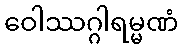
ဝေါဿဂ္ဂါရမ္မဏံ